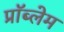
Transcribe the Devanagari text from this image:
प्राॅब्लेम